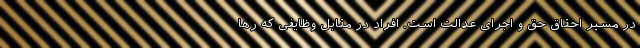
در مسیر احقاق حق و اجرای عدالت است. افراد در مقابل وظایفی که رها